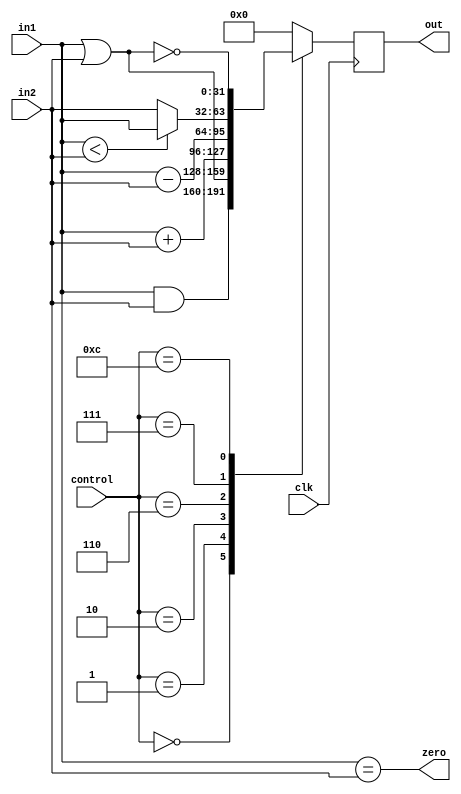

//////////////////////////////////////////////////////////////////////////////////
//	   
// Creator Name:   Sara Baradaran
// Module Name:    ALU_32bit 
// Project Name:   MIPS Microprocessor 
//
//////////////////////////////////////////////////////////////////////////////////
module ALU_32bit(control, in1, in2, out, zero, clk);

input clk;
input [31:0] in1, in2;
input [3:0]  control;
output[31:0] out;
output zero;

reg  [31:0] out;
wire [31:0] res;

assign zero = (in1 == in2);

assign res = calculator(in1, in2);

always @(posedge clk)
begin
	out <= res;
end

function [31:0]min;

	input [31:0] in1, in2;
	begin
		min = (in1 < in2) ? in1 : in2;

	end
	
endfunction 

function [31:0] calculator;

	input [31:0] in1, in2;
	begin
		case(control)
			6'b000000 : calculator = in1 & in2;
			6'b000001 : calculator = in1 | in2;
			6'b000010 : calculator = in1 + in2;
			6'b000110 : calculator = in1 - in2;
			6'b000111 : calculator = min(in1, in2);
			6'b001100 : calculator =  ~(in1 | in2);
			default : calculator = 0;
		endcase
	end

endfunction

endmodule